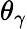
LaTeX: \theta_{\gamma}